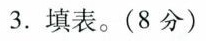
3.填表。(8分)